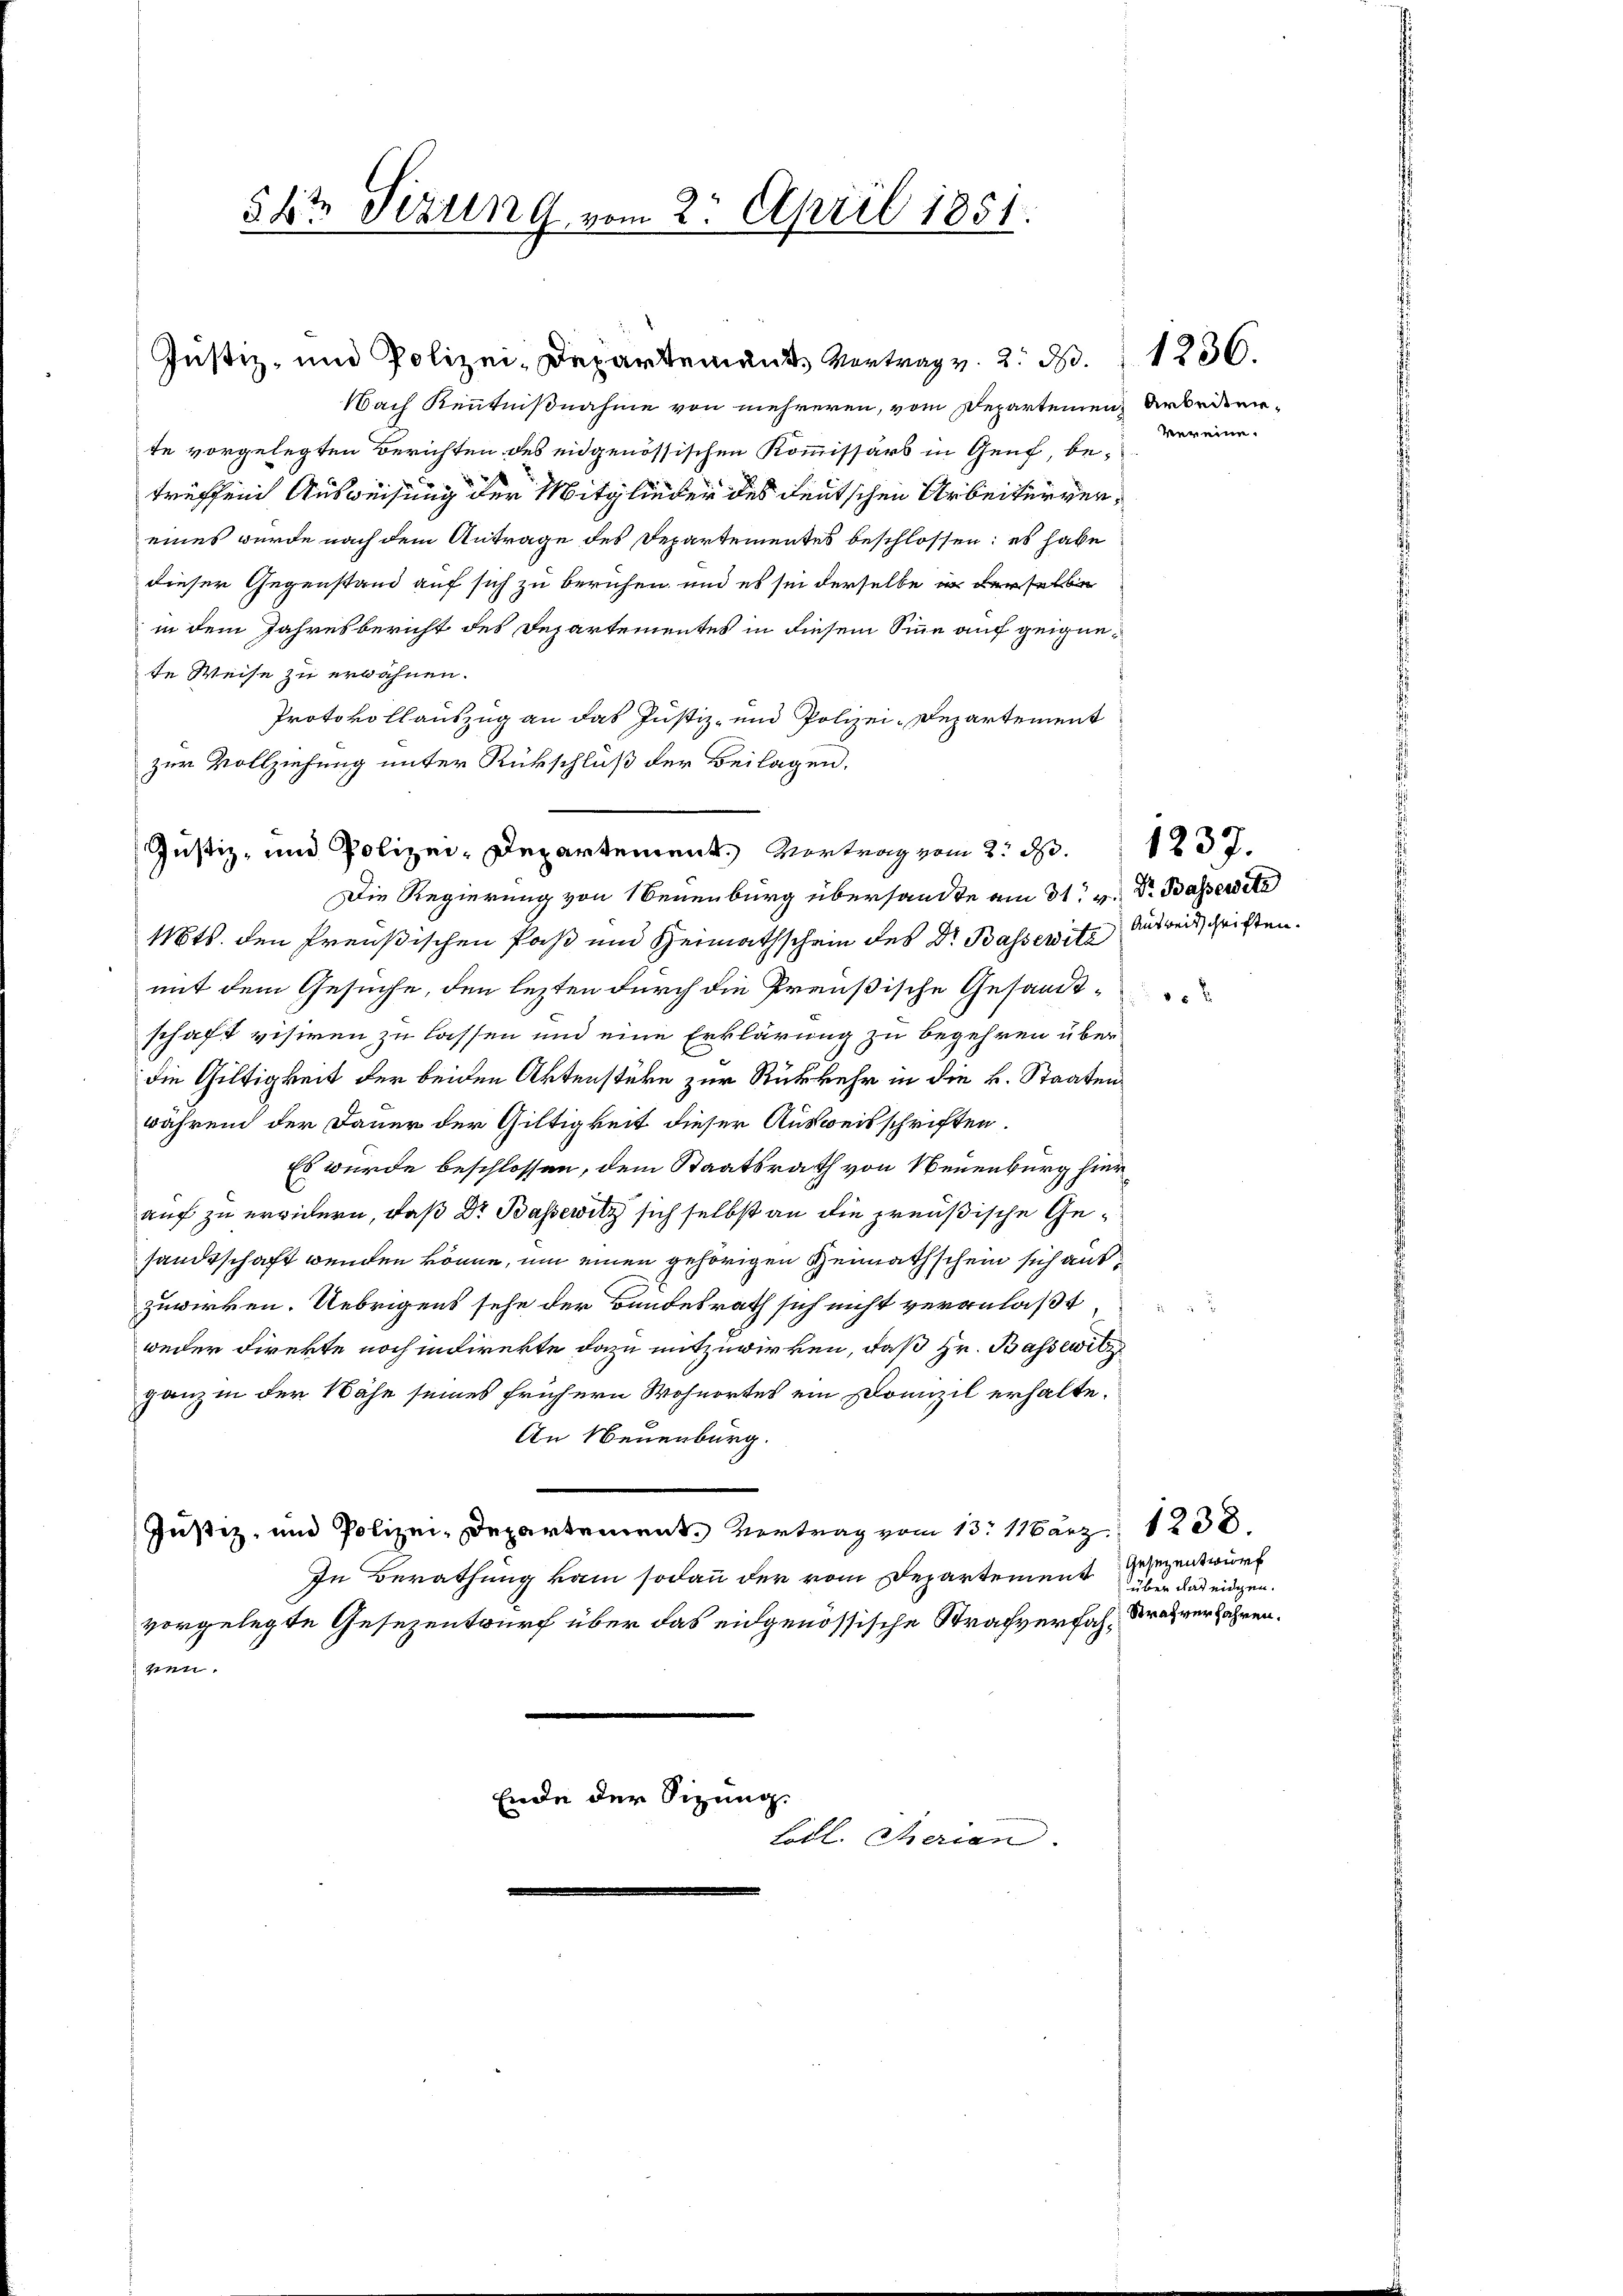
Justiz- und Polizei-Departement, Vertrag v. 2. d.
Nach Kenntnißnahme von mehreren, vom Departemen Arbeitente vorgelegten Berichten des eidgenössischen Kommissärs in Genf, betreffend Ausweisung der Mitglieder des deutschen Arbeitervereines wurde nach dem Antrage des Departementes beschlossen: es habe
dieser Gegenstand auf sich zu beruhen, und es sei derselbe in derselbe
in dem Jahresbericht des Departementes in diesem Sinne auf geignete Weise zu erwähnen.
Protokollauszug an das Justiz- und Polizei-Departement
zur Vollziehung unter Rückschluß der Beilagen.

582 Sizung vom 2. April 1851.

Justiz- und Polizei-Departement. Vortrag vom 2. d. 1837.
Die Regierung von Neuenburg übersandte am 31. v. Dr. Basser

Mts. den Preußischen Paß und Heimathschein des Dr. Bassewitz Ausweisschriften.
mit dem Gesuche, den lezten durch die Preußische Gesandtschaft visiren zu lassen und eine Erklärung zu begehren überdie Gültigkeit der beiden Aktenstüke zur Rückkehr in die k. Staaten
während der Dauer der Giltigkeit dieser Ausweisschriften.
Es wurde beschlossen, dem Staatsrath von Neuenburg hier
auf zu erwidern, daß Dr Bassewitz sich selbst an die preußische Gesandtschaft wenden könne, um einen gehörigen Heimathschein sich auszuwirken. Uebrigens sehe der Bundesrath sich nicht veranlaßt
weder Direkte noch indirekte dazu mitzuwirken, daß Hr. Bassewitz
ganz in der Nähe seines frühern Wohnortes ein Domizil erhalte.
An Neuenburg.
Justiz- und Polizei-Departement. Vertrag vom 13. März 1838.
In Berathung kam sodann der vom Departement über das eidgen.
vorgelegte Gesezentwurf über das eidgenössische Strafverfah- Strafverfahren.
zien

Ende der Sitzung.

Löbl. Therian

Vereine.

1236.

Gesezentwurf